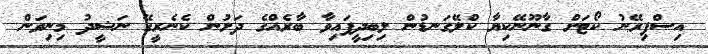
އިސްފިރޭނު ކޯޓަށް ގާނޫނޭކިޔާ ކްލޭގަނޑުން ލިބިދީފައިވާ ބާރެއްގެ ދަށުން ކެނެރީގޭ ނަޝީދު މިނިވަން